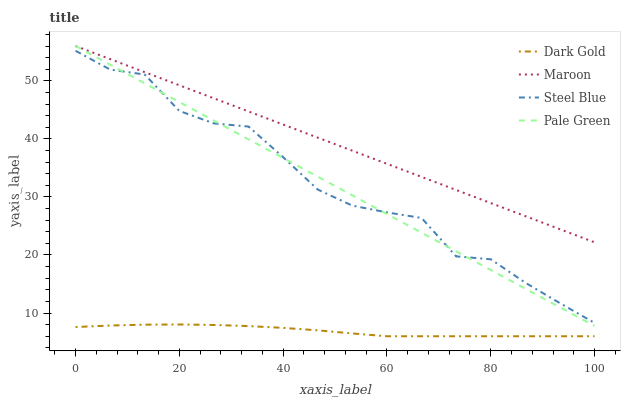
| xaxis_label | Dark Gold | Maroon | Steel Blue | Pale Green |
 | --- | --- | --- | --- | --- |
 | 0 | 7.59 | 56 | 55.2 | 56 |
 | 6.67 | 7.85 | 53.7 | 51.9 | 52.8 |
 | 13.3 | 8 | 51.5 | 51.1 | 49.6 |
 | 20 | 8.03 | 49.2 | 44.8 | 46.4 |
 | 26.7 | 7.95 | 47 | 42.7 | 43.1 |
 | 33.3 | 7.75 | 44.7 | 42.1 | 39.9 |
 | 40 | 7.44 | 42.5 | 36.8 | 36.7 |
 | 46.7 | 7.02 | 40.2 | 31.3 | 33.5 |
 | 53.3 | 6.48 | 38 | 28.5 | 30.3 |
 | 60 | 6 | 35.7 | 27.3 | 27.1 |
 | 66.7 | 6 | 33.5 | 26.4 | 23.8 |
 | 73.3 | 6 | 31.2 | 19.8 | 20.6 |
 | 80 | 6 | 28.9 | 19.3 | 17.4 |
 | 86.7 | 6 | 26.7 | 15.2 | 14.2 |
 | 93.3 | 6 | 24.4 | 11.7 | 11 |
 | 100 | 6 | 22.2 | 8.3 | 7.76 |